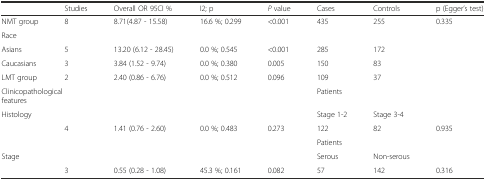
<table><thead><tr><td>[EMPTY_CELL]</td><td><b>Studies</b></td><td><b>Overall OR 95CI %</b></td><td><b>I2; p</b></td><td><b><i>P</i> value</b></td><td><b>Cases</b></td><td><b>Controls</b></td><td><b>p (Egger’s test)</b></td></tr></thead><tbody><tr><td>NMT group</td><td>8</td><td>8.71(4.87 - 15.58)</td><td>16.6 %; 0.299</td><td>&lt;0.001</td><td>435</td><td>255</td><td>0.335</td></tr><tr><td>Race</td><td>[EMPTY_CELL]</td><td>[EMPTY_CELL]</td><td>[EMPTY_CELL]</td><td>[EMPTY_CELL]</td><td>[EMPTY_CELL]</td><td>[EMPTY_CELL]</td><td>[EMPTY_CELL]</td></tr><tr><td>Asians</td><td>5</td><td>13.20 (6.12 - 28.45)</td><td>0.0 %; 0.545</td><td>&lt;0.001</td><td>285</td><td>172</td><td>[EMPTY_CELL]</td></tr><tr><td>Caucasians</td><td>3</td><td>3.84 (1.52 - 9.74)</td><td>0.0 %; 0.380</td><td>0.005</td><td>150</td><td>83</td><td>[EMPTY_CELL]</td></tr><tr><td>LMT group</td><td>2</td><td>2.40 (0.86 - 6.76)</td><td>0.0 %; 0.512</td><td>0.096</td><td>109</td><td>37</td><td>[EMPTY_CELL]</td></tr><tr><td colspan="3">Clinicopathological features</td><td>[EMPTY_CELL]</td><td>[EMPTY_CELL]</td><td colspan="2">Patients</td><td>[EMPTY_CELL]</td></tr><tr><td>Histology</td><td>[EMPTY_CELL]</td><td>[EMPTY_CELL]</td><td>[EMPTY_CELL]</td><td>[EMPTY_CELL]</td><td>Stage 1-2</td><td>Stage 3-4</td><td>[EMPTY_CELL]</td></tr><tr><td>[EMPTY_CELL]</td><td>4</td><td>1.41 (0.76 - 2.60)</td><td>0.0 %; 0.483</td><td>0.273</td><td>122</td><td>82</td><td>0.935</td></tr><tr><td>[EMPTY_CELL]</td><td>[EMPTY_CELL]</td><td>[EMPTY_CELL]</td><td>[EMPTY_CELL]</td><td>[EMPTY_CELL]</td><td colspan="2">Patients</td><td>[EMPTY_CELL]</td></tr><tr><td>Stage</td><td>[EMPTY_CELL]</td><td>[EMPTY_CELL]</td><td>[EMPTY_CELL]</td><td>[EMPTY_CELL]</td><td>Serous</td><td>Non-serous</td><td>[EMPTY_CELL]</td></tr><tr><td>[EMPTY_CELL]</td><td>3</td><td>0.55 (0.28 - 1.08)</td><td>45.3 %; 0.161</td><td>0.082</td><td>57</td><td>142</td><td>0.316</td></tr></tbody></table>